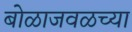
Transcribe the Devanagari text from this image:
बोळाजवळच्या